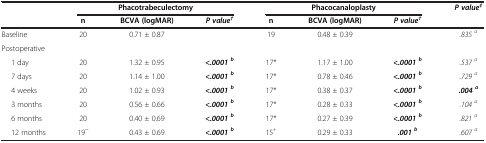
<table><thead><tr><td><b> </b></td><td colspan="3"><b>Phacotrabeculectomy</b></td><td colspan="3"><b>Phacocanaloplasty</b></td><td><b><i>P value</i><sup><i>‡</i></sup></b></td></tr><tr><td><b> </b></td><td><b>n</b></td><td><b>BCVA (logMAR)</b></td><td><b><i>P value</i><sup><i>†</i></sup></b></td><td><b>n</b></td><td><b>BCVA (logMAR)</b></td><td><b><i>P value</i><sup><i>†</i></sup></b></td><td><b> </b></td></tr></thead><tbody><tr><td>Baseline</td><td>20</td><td>0.71 ± 0.87</td><td> </td><td>19</td><td>0.48 ± 0.39</td><td> </td><td><i>.835 </i><sup><i>a</i></sup></td></tr><tr><td>Postoperative</td><td> </td><td> </td><td> </td><td> </td><td> </td><td> </td><td> </td></tr><tr><td>1 day</td><td>20</td><td>1.32 ± 0.95</td><td><b><i>&lt;.0001 </i></b><sup><b><i>b</i></b></sup></td><td>17*</td><td>1.17 ± 1.00</td><td><b><i>&lt;.0001 </i></b><sup><b><i>b</i></b></sup></td><td><i>.537 </i><sup><i>a</i></sup></td></tr><tr><td>7 days</td><td>20</td><td>1.14 ± 1.00</td><td><b><i>&lt;.0001 </i></b><sup><b><i>b</i></b></sup></td><td>17*</td><td>0.78 ± 0.46</td><td><b><i>&lt;.0001 </i></b><sup><b><i>b</i></b></sup></td><td><i>.729 </i><sup><i>a</i></sup></td></tr><tr><td>4 weeks</td><td>20</td><td>1.02 ± 0.93</td><td><b><i>&lt;.0001 </i></b><sup><b><i>b</i></b></sup></td><td>17*</td><td>0.38 ± 0.37</td><td><b><i>&lt;.0001 </i></b><sup><b><i>b</i></b></sup></td><td><b><i>.004 </i></b><sup><b><i>a</i></b></sup></td></tr><tr><td>3 months</td><td>20</td><td>0.56 ± 0.66</td><td><b><i>&lt;.0001 </i></b><sup><b><i>b</i></b></sup></td><td>17*</td><td>0.28 ± 0.33</td><td><b><i>&lt;.0001 </i></b><sup><b><i>b</i></b></sup></td><td><i>.104 </i><sup><i>a</i></sup></td></tr><tr><td>6 months</td><td>20</td><td>0.40 ± 0.69</td><td><b><i>&lt;.0001 </i></b><sup><b><i>b</i></b></sup></td><td>17*</td><td>0.27 ± 0.39</td><td><b><i>&lt;.0001 </i></b><sup><b><i>b</i></b></sup></td><td><i>.821</i><sup><i>a</i></sup></td></tr><tr><td>12 months</td><td>19<sup>~</sup></td><td>0.43 ± 0.69</td><td><b><i>&lt;.0001 </i></b><sup><b><i>b</i></b></sup></td><td>15<sup>+</sup></td><td>0.29 ± 0.33</td><td><b><i>.001 </i></b><sup><b><i>b</i></b></sup></td><td><i>.607 </i><sup><i>a</i></sup></td></tr></tbody></table>